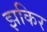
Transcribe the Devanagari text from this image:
झकिर